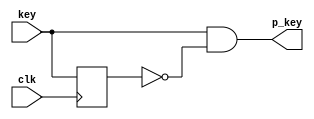
/*
 * ELEC5566 MINI-PROJECT:
 * KEY-PRESS FILTER
 * ---------------------------------
 * For: University of Leeds
 *
 * Description
 * ---------------------------------
 * Module to filter button presses
 * preventing buttons from being held high
 *
 */

module key_filter
(
	input clk, key,

	output p_key
); 

reg delay;

// delay the signal by 1 clock cycle
always @(posedge clk) begin
	
	// delay is 1 if any key is pressed, preventing
	// multiple key presses
	delay <= key;

end

// signal resulting from this operation remains high for 
// one clock cycle when key transitions low -> high, then 
// returns low what the delayed signal also transitions
assign p_key = key & ~delay;

endmodule